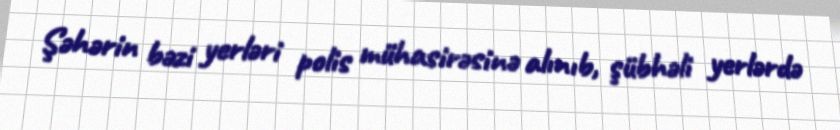
Şəhərin bəzi yerləri polis mühasirəsinə alınıb, şübhəli yerlərdə